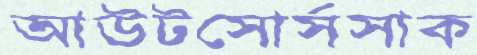
আউটসোর্সসাক